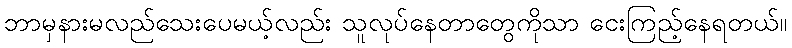
ဘာမှနားမလည်သေးပေမယ့်လည်း သူလုပ်နေတာတွေကိုသာ ငေးကြည့်နေရတယ်။